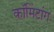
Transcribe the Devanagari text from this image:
कॉमिंटांग